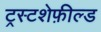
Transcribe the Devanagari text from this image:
ट्रस्टशेफ़ील्ड